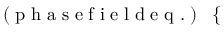
\small \mathrm { ~ ( ~ p ~ h ~ a ~ s ~ e ~ f ~ i ~ e ~ l ~ d ~ e ~ q ~ . ~ ) ~ } \ \left\{ \begin{array} { r l } \end{array} \right.